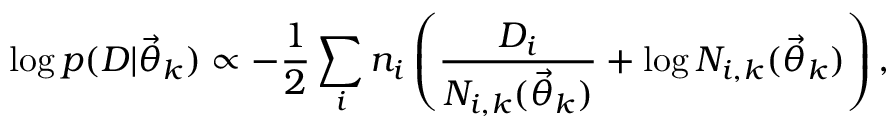
\log p ( D | \ensuremath { \vec { \theta } } _ { k } ) \propto - \frac { 1 } { 2 } \sum _ { i } n _ { i } \left( \frac { D _ { i } } { { \cal N } _ { i , k } ( \ensuremath { \vec { \theta } } _ { k } ) } + \log { \cal N } _ { i , k } ( \ensuremath { \vec { \theta } } _ { k } ) \right) ,